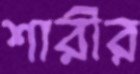
শারীর